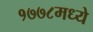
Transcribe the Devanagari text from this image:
१७७८मध्ये